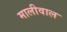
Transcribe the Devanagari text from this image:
मालीवाल